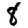
Digit: 8